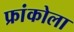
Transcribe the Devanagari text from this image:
फ्रांकोला